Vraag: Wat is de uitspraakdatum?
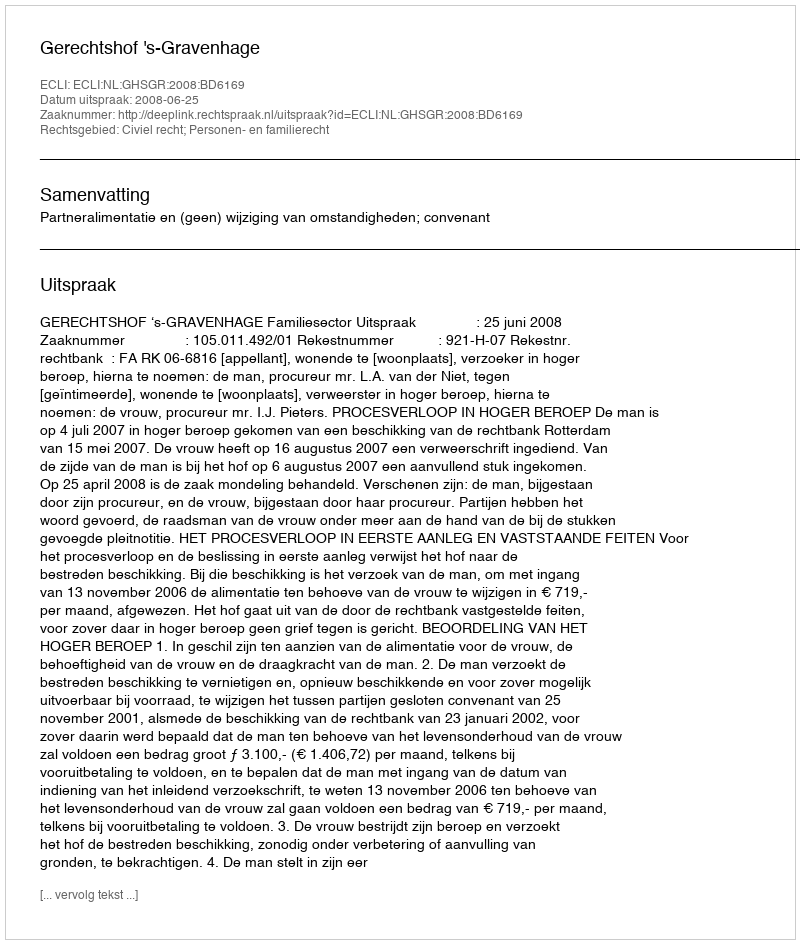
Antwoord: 2008-06-25